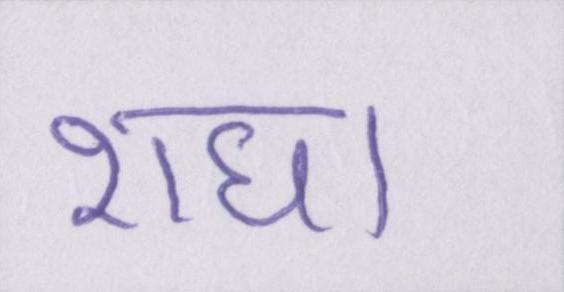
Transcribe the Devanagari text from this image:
राधा